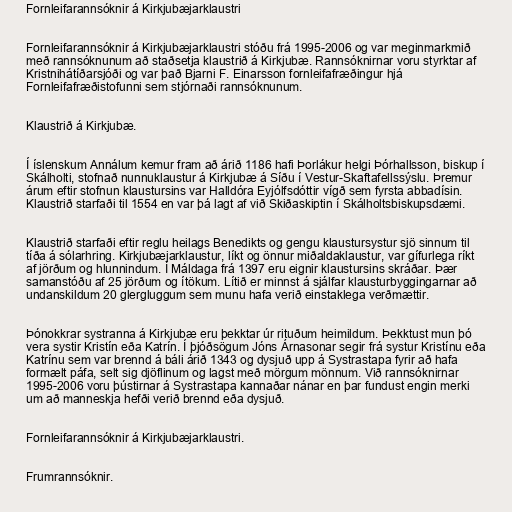
Fornleifarannsóknir á Kirkjubæjarklaustri

Fornleifarannsóknir á Kirkjubæjarklaustri stóðu frá 1995-2006 og var meginmarkmið
með rannsóknunum að staðsetja klaustrið á Kirkjubæ. Rannsóknirnar voru styrktar af
Kristnihátíðarsjóði og var það Bjarni F. Einarsson fornleifafræðingur hjá
Fornleifafræðistofunni sem stjórnaði rannsóknunum.

Klaustrið á Kirkjubæ.

Í íslenskum Annálum kemur fram að árið 1186 hafi Þorlákur helgi Þórhallsson, biskup í
Skálholti, stofnað nunnuklaustur á Kirkjubæ á Síðu í Vestur-Skaftafellssýslu. Þremur
árum eftir stofnun klaustursins var Halldóra Eyjólfsdóttir vígð sem fyrsta abbadísin.
Klaustrið starfaði til 1554 en var þá lagt af við Skiðaskiptin í Skálholtsbiskupsdæmi.

Klaustrið starfaði eftir reglu heilags Benedikts og gengu klaustursystur sjö sinnum til
tíða á sólarhring. Kirkjubæjarklaustur, líkt og önnur miðaldaklaustur, var gífurlega ríkt
af jörðum og hlunnindum. Í Máldaga frá 1397 eru eignir klaustursins skráðar. Þær
samanstóðu af 25 jörðum og ítökum. Lítið er minnst á sjálfar klausturbyggingarnar að
undanskildum 20 glergluggum sem munu hafa verið einstaklega verðmættir.

Þónokkrar systranna á Kirkjubæ eru þekktar úr rituðum heimildum. Þekktust mun þó
vera systir Kristín eða Katrín. Í þjóðsögum Jóns Árnasonar segir frá systur Kristínu eða
Katrínu sem var brennd á báli árið 1343 og dysjuð upp á Systrastapa fyrir að hafa
formælt páfa, selt sig djöflinum og lagst með mörgum mönnum. Við rannsóknirnar
1995-2006 voru þústirnar á Systrastapa kannaðar nánar en þar fundust engin merki
um að manneskja hefði verið brennd eða dysjuð.

Fornleifarannsóknir á Kirkjubæjarklaustri.

Frumrannsóknir.